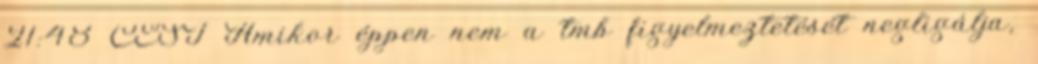
21:48 CEST Amikor éppen nem a tmb figyelmeztetését negligálja,